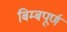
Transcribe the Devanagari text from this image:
बिम्बपूर्ण